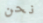
نحن